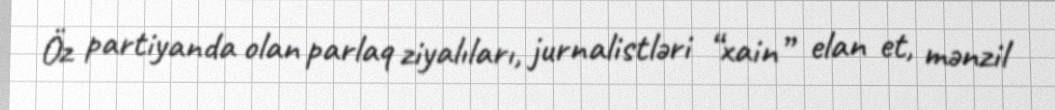
Öz partiyanda olan parlaq ziyalıları, jurnalistləri “xain” elan et, mənzil